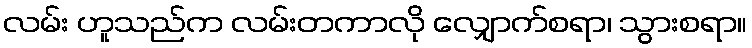
လမ်း ဟူသည်က လမ်းတကာလို လျှောက်စရာ၊ သွားစရာ။